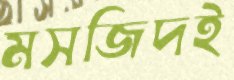
মসজিদই